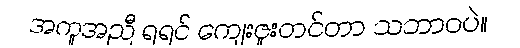
အကူအညီ ရရင် ကျေးဇူးတင်တာ သဘာဝပဲ။